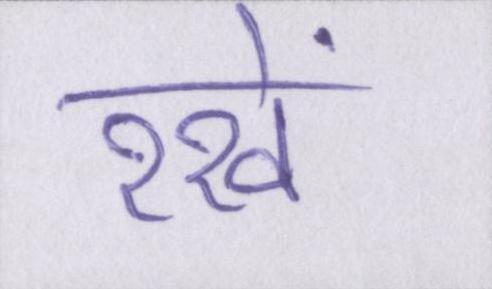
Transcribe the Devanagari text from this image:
रखें